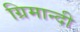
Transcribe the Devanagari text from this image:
ग्रिमान्दी